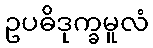
ဥပဓိဒုက္ခမူလံ